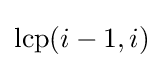
\mathrm {lcp} (i-1,i)